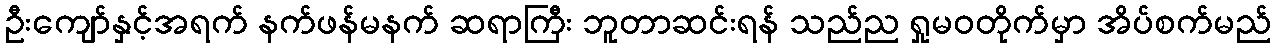
ဦးကျော်နှင့်အရက် နက်ဖန်မနက် ဆရာကြီး ဘူတာဆင်းရန် သည်ည ရှုမဝတိုက်မှာ အိပ်စက်မည်